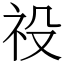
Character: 祋